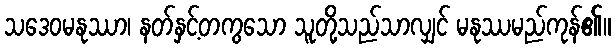
သဒေဝမနုဿာ၊ နတ်နှင့်တကွသော သူတို့သည်သာလျှင် မနုဿမည်ကုန်၏။